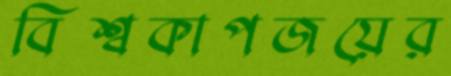
বিশ্বকাপজয়ের